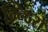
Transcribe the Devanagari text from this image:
म्न्दिरों